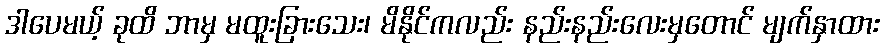
ဒါပေမယ့် ခုထိ ဘာမှ မထူးခြားသေး၊ မိနိုင်ကလည်း နည်းနည်းလေးမှတောင် မျက်နှာထား